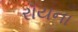
રૉયના